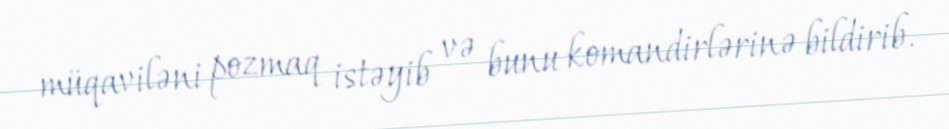
müqaviləni pozmaq istəyib və bunu komandirlərinə bildirib.